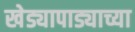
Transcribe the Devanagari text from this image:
खेड्यापाड्याच्या